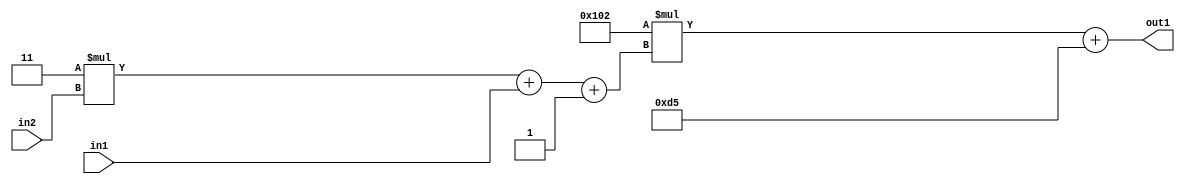
`timescale 1ps / 1ps
/*****************************************************************************
    Verilog RTL Description
    
    
    Created by: Stratus DpOpt 2019.1.01 
*******************************************************************************/

module DC_Filter_Add2i213Mul2i258Add3i1u1Mul2i3u2_1 (
	in2,
	in1,
	out1
	); /* architecture "behavioural" */ 
input [1:0] in2;
input  in1;
output [11:0] out1;
wire [11:0] asc001;
wire [3:0] asc002;

wire [3:0] asc002_tmp_0;
wire [3:0] asc002_tmp_1;
assign asc002_tmp_1 = 
	+(4'B0011 * in2);
assign asc002_tmp_0 = asc002_tmp_1
	+(in1);
assign asc002 = asc002_tmp_0
	+(4'B0001);

wire [11:0] asc001_tmp_2;
assign asc001_tmp_2 = 
	+(12'B000100000010 * asc002);
assign asc001 = asc001_tmp_2
	+(12'B000011010101);

assign out1 = asc001;
endmodule

/* CADENCE  vrTxQgo= : u9/ySgnWtBlWxVPRXgAZ4Og= ** DO NOT EDIT THIS LINE ******/